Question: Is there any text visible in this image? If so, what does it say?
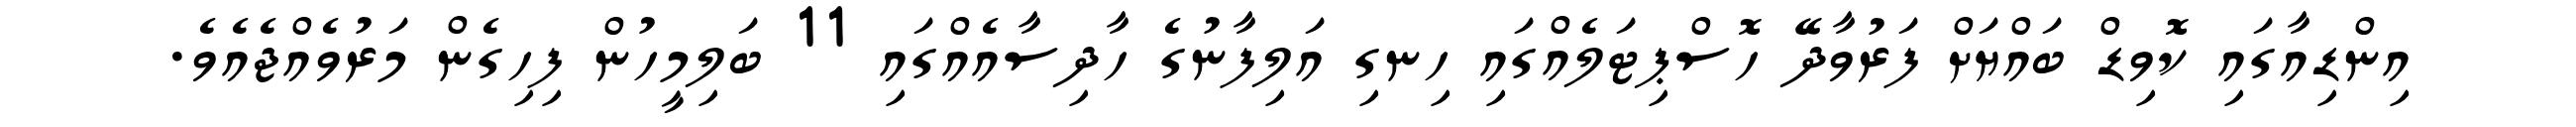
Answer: އިންޑިއާގައި ކޮވިޑް ބައްޔަށް ފަރުވާދޭ ހޮސްޕިޓަލެއްގައި ހިނގި އަލިފާނުގެ ހާދިސާއެއްގައި 11 ބަލިމީހުން ފިހިގެން މަރުވެއްޖެއެވެ.